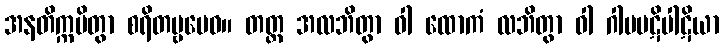
အနတိက္ကမိတွာ စရိတဗ္ဗမေဝ။ တတ္ထ အလဘိတွာ ဝါ ထောကံ လဘိတွာ ဝါ ဂါမပဋိပါဋိယာ